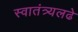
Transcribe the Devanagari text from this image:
स्वातंत्र्यलढे